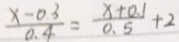
\frac { x - 0 . 3 } { 0 . 4 } = \frac { x + 0 . 1 } { 0 . 5 } + 2